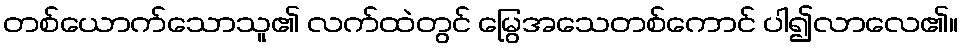
တစ်ယောက်သောသူ၏ လက်ထဲတွင် မြွေအသေတစ်ကောင် ပါ၍လာလေ၏။